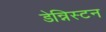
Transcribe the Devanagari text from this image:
डेन्निस्टन